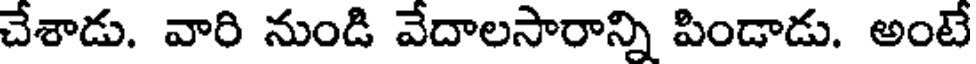
చేశాడు. వారి నుండి వేదాలసారాన్ని పిండాడు. అంటే